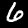
Digit: 6